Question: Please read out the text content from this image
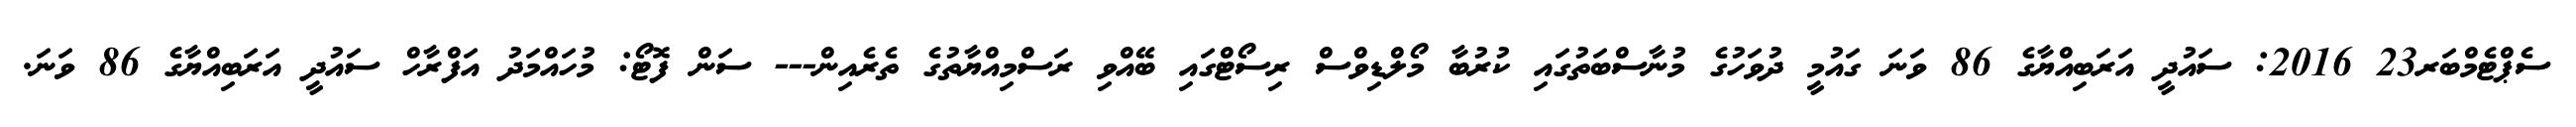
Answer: ސެޕްޓެމްބަރ23 2016: ސައުދީ އަރަބިއްޔާގެ 86 ވަނަ ގައުމީ ދުވަހުގެ މުނާސްބަތުގައި ކުރުބާ މޯލްޑިވްސް ރިސޯޓްގައި ބޭއްވި ރަސްމިއްޔާތުގެ ތެރެއިން--- ސަން ފޮޓޯ: މުހައްމަދު އަފްރާހް ސައުދީ އަރަބިއްޔާގެ 86 ވަނަ.